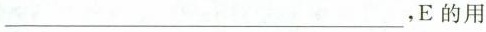
___，E的用